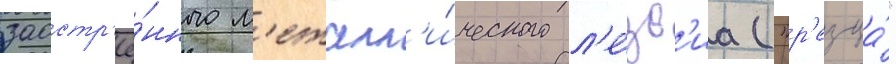
заостр'ё́нного м'еталл'и́ческого л'е́зв'иа ("р'езца́"